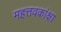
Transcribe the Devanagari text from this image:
महत्तवकांक्षा